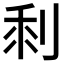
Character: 𠜫